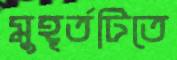
মুহূর্তটিতে